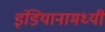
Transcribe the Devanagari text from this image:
इंडियानामध्यी